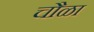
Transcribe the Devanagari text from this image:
चौळा